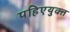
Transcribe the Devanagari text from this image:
पहिएयुक्‍त